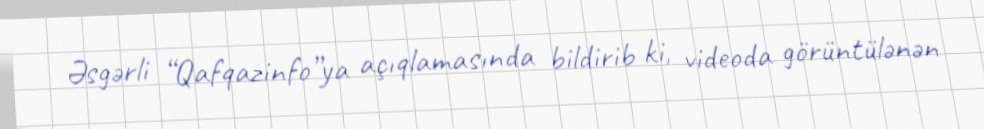
Əsgərli “Qafqazinfo”ya açıqlamasında bildirib ki, videoda görüntülənən